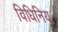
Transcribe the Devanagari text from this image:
विधिनिय